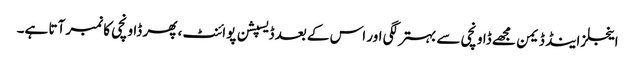
اینجلز اینڈ ڈیمن مجھے ڈاونچی سے بہتر لگی اور اس کے بعد ڈیسپشن پوائنٹ ، پھر ڈاونچی کا نمبر آتا ہے۔